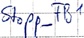
Text: Stopp_FB1